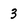
Character: 3